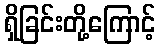
ရှိခြင်းတို့ကြောင့်